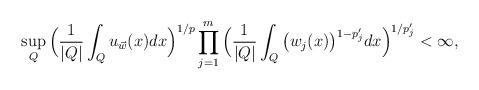
LaTeX: \begin{align*}\sup_{Q} \Big(\frac{1}{|Q|} \int_{Q} u_{\vec{w}}(x) dx \Big)^{1/p} \prod_{j=1}^{m} \Big(\frac{1}{|Q|} \int_{Q} \big( w_{j} (x) \big)^{1-p'_{j}} dx \Big)^{ 1/p'_{j}} &<\infty,\end{align*}